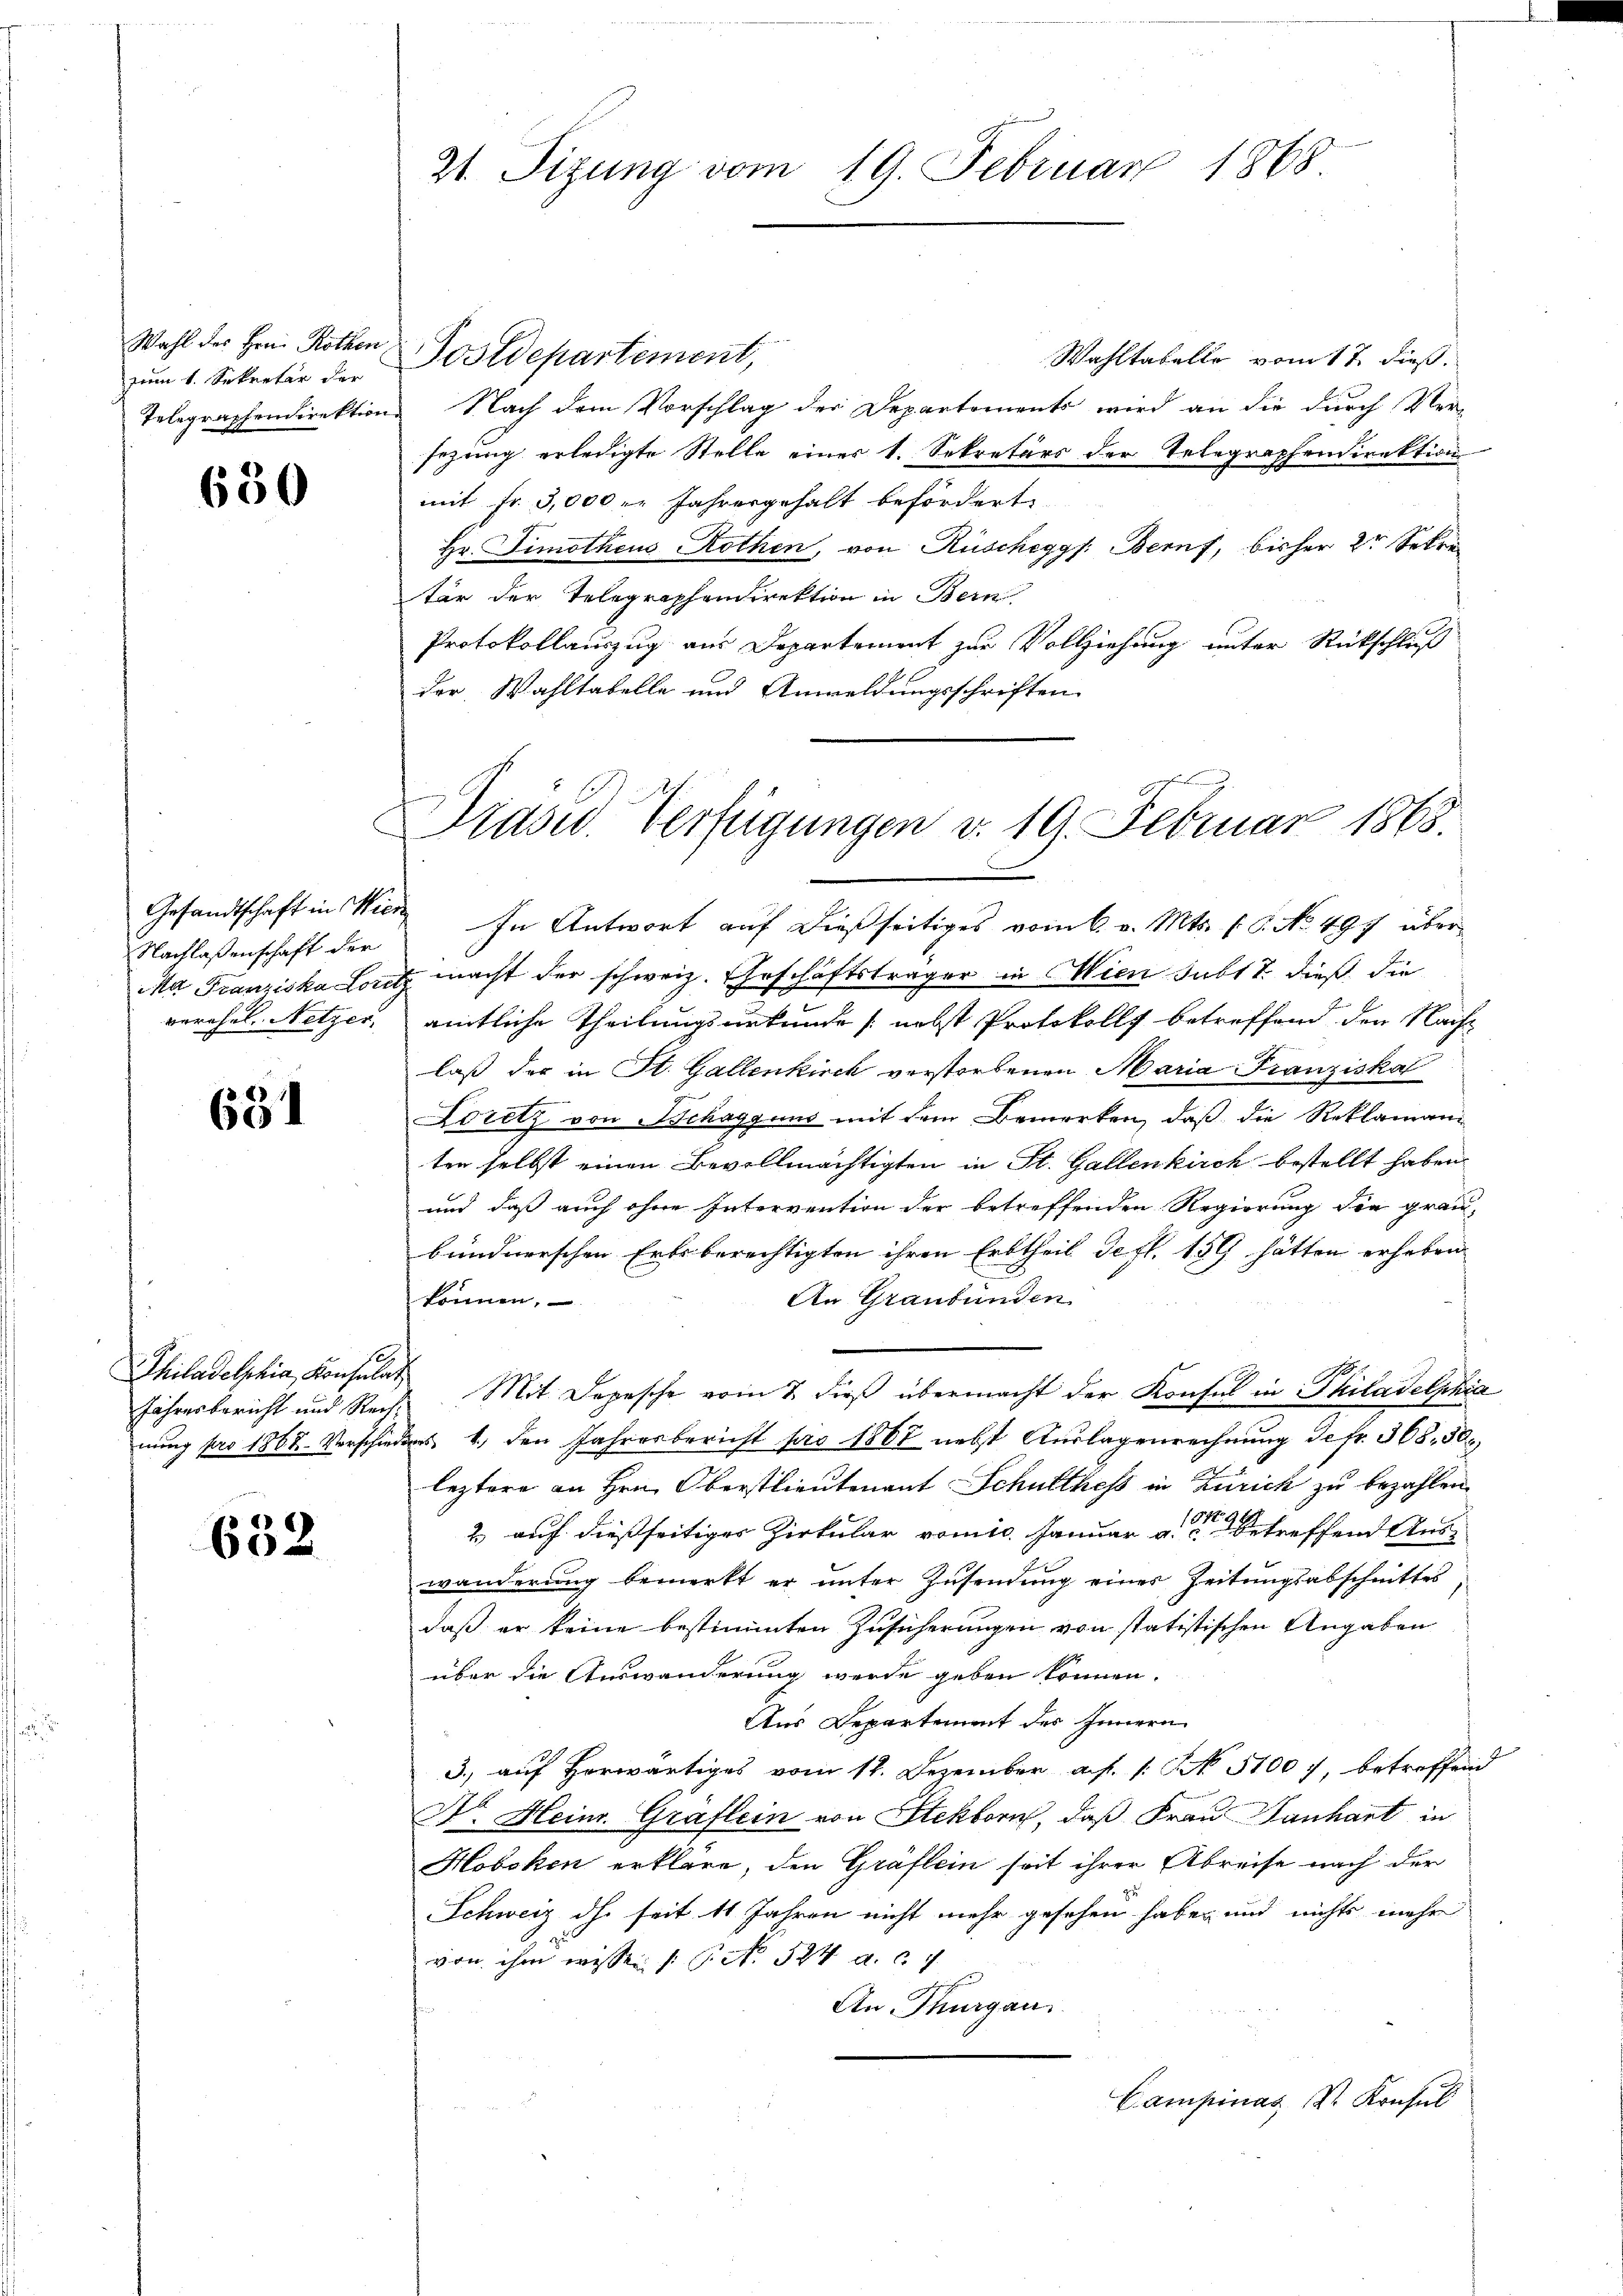
Wahl des Hrn. Rothen
zum 1. Sekretär der

650

Nachlassenschaft der
verehel. Netzer.

681

Postdepartement,
Wahltabello vom 17. dieß.
Telegraphendirektion Nach dem Vorschlag der Departements wird an die durch Ver-
sezung erledigte Stelle einer 1. Sekretärs der Telegraphendirektion
mit Fr. 3,000 l. Jahresgehalt befördert.
Hr. Fimotheus Rothen, von Rüscheggs: Beruf, bisher 2t Sekre
ter der Telegraphendirektion in Bern
Protokollauszug aus Departement zur Vollziehung unter Rückschluß
der Wahltabelle und Anwaldungsschriften.

Jahresbericht und Rechnung pro 1868. Vorschied.

632

2t. Sizung vom 19. Februar 1868

Präsid. Verfügungen v. 19. Februar 1868.

Gesandtschaft in Wien In Antwort auf dießseitiges vom 6. v. Mts. f. 6. No. 497 über¬
Ma Franziska Loitz macht der schweiz. Geschäftsträger in Wien subt 7. dieß die
amtliche Theilungsurkunde (nebst Protokolls betreffend den Nachlaß der in St. Gallenkirch verstorbenen Maria Franziskal
Loretz von Schaggung mit dem Bemerken, daß die Reklamani
ten selbst einen Bevollmächtigten in St. Gallenkirch bestellt haben
und daß auch ohne Intervention der betreffenden Regierung die grau-
bündnerschen Erbsberechtigten ihren Erbtheil defl. 159 hätten erheben
An Graubünden
können,
Philadelphia, Konsula Mit Depesche vom 7. dieß übermacht der Konsul in Philadelphia
d 1., den Jahresbericht pro 1867 nebst Auslagenrechnung defr. 368, 30
leztere an Hrn. Oberstlieutenant Schulthess in Zürich zu bezahlen.
2) auf dießseitiger Zirkular vomis. Januar a. betreffend Aus-
wanderung bemerkt er unter Zusendung einer Zeitungsabschnittes,
daß er keine bestimmten Zusicherungen von statistischen Angaben
über die Auswanderung werde geben können.
Aus Departement des Innern
3., auf herwärtiges vom 12. Dezember a. f. 1. No. 51007, betreffend
Dr. Heinr. Gräflein von Stekborn, daß Frau anhart in
Hobeken erkläre, den Gräflein seit ihrer Abreise nach der
Schweiz dh. seit 11 Jahren nicht mehr gesehen haben und nichts mehr
von ihm wissen (S. No 524 a. c. 7
e
An Thurgau
Campinas V. Konsul